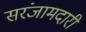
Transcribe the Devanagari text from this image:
सरंजामदारी